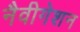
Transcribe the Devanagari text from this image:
नैवीगेशन